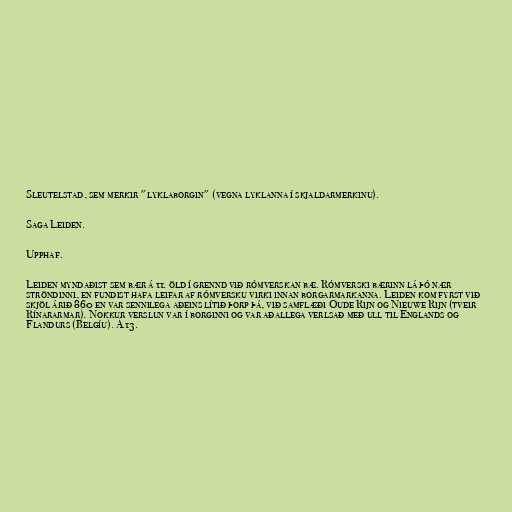
Sleutelstad, sem merkir "lyklaborgin" (vegna lyklanna í skjaldarmerkinu).

Saga Leiden.

Upphaf.

Leiden myndaðist sem bær á 11. öld í grennd við rómverskan bæ. Rómverski bærinn lá þó nær
ströndinni, en fundist hafa leifar af rómversku virki innan borgarmarkanna. Leiden kom fyrst við
skjöl árið 860 en var sennilega aðeins lítið þorp þá, við samflæði Oude Rijn og Nieuwe Rijn (tveir
Rínararmar). Nokkur verslun var í borginni og var aðallega verlsað með ull til Englands og
Flandurs (Belgíu). Á 13.